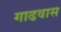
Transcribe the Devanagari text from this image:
गाढवास